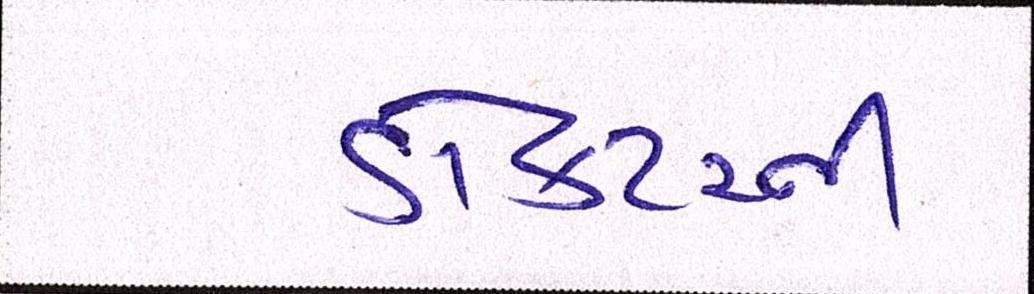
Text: ડોકટરની